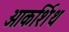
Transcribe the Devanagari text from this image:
आकर्शिथ